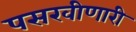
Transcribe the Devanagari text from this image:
पसरवीणारी